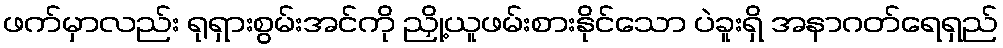
ဖက်မှာလည်း ရုရှားစွမ်းအင်ကို ညှို့ယူဖမ်းစားနိုင်သော ပဲခူးရှိ အနာဂတ်ရေရှည်